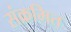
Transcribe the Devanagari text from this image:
संक्रमित